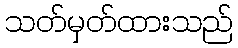
သတ်မှတ်ထားသည်